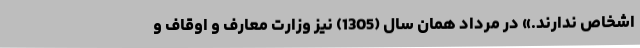
اشخاص ندارند.» در مرداد همان سال (1305) نیز وزارت معارف و اوقاف و